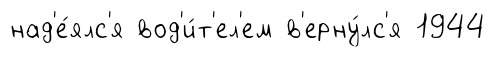
над'е́ялс'я вод'и́т'ел'ем в'ерну́лс'я 1944